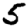
Digit: 5